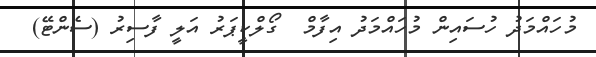
މުހައްމަދު ހުސައިން މުހައްމަދު އިފާމް  ގޯލްކީޕަރު އަލީ ފާސިރު (ސެންޓޭ)